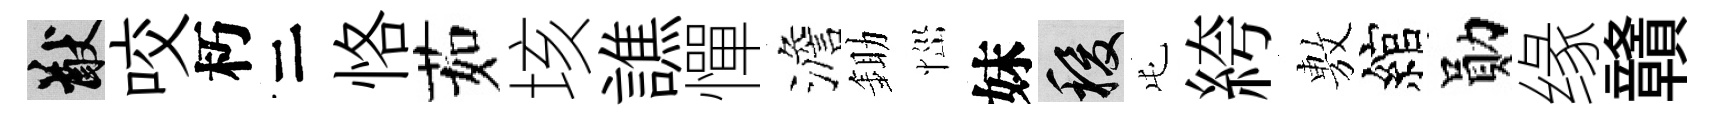
猷咬朽二恪茹垓譙憚澹鋤𢙉妹稷屯絝𢾾綰勛缘贛